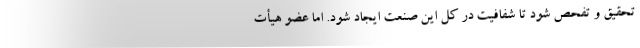
تحقیق و تفحص شود تا شفافیت در کل این صنعت ایجاد شود. اما عضو هیأت